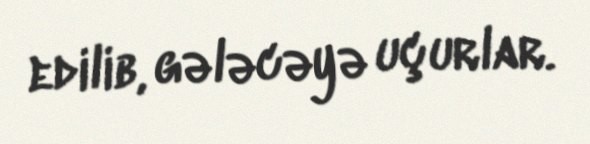
edilib, gələcəyə uçurlar.